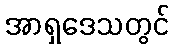
အာရှဒေသတွင်